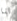
انا